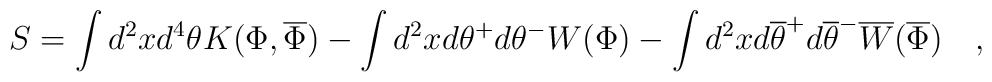
S=\int d^2x d^4\theta K(\Phi,\overline{\Phi}) -\int d^2x d\theta^+d\theta^- W(\Phi) -\int d^2x  d\overline{\theta}^+d\overline{\theta}^- \overline{W}(\overline{\Phi})\quad,